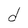
Character: d